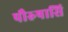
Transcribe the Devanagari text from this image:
पौरुषासि